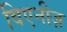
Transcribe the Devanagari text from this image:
विएनीज़